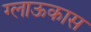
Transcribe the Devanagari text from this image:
ग्लाऊकास